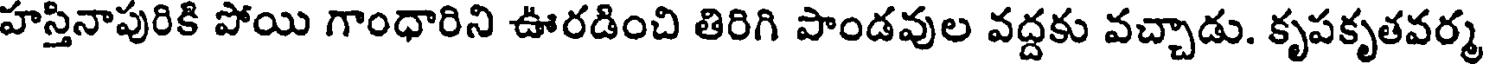
హస్తినాపురికి పోయి గాంధారిని ఊరడించి తిరిగి పాండవుల వద్దకు వచ్చాడు. కృపకృతవర్మ